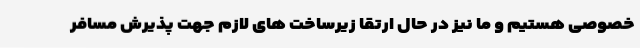
خصوصی هستیم و ما نیز در حال ارتقا زیرساخت های لازم جهت پذیرش مسافر